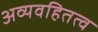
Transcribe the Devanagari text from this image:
अव्यवहितत्व